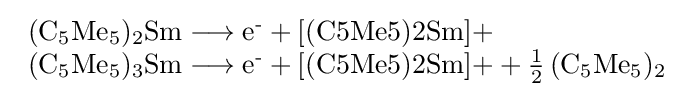
{\begin{array}{l}{(\mathrm {C} {\vphantom {A}}_{\smash[{t}]{5}}\mathrm {Me} {\vphantom {A}}_{\smash[{t}]{5}}){\vphantom {A}}_{\smash[{t}]{2}}\mathrm {Sm} {}\mathrel {\longrightarrow } {}{\mathrm {e^{\text{-}}} }{}+{}{\text{[(C5Me5)2Sm]+}}}\\{(\mathrm {C} {\vphantom {A}}_{\smash[{t}]{5}}\mathrm {Me} {\vphantom {A}}_{\smash[{t}]{5}}){\vphantom {A}}_{\smash[{t}]{3}}\mathrm {Sm} {}\mathrel {\longrightarrow } {}{\mathrm {e^{\text{-}}} }{}+{}{\text{[(C5Me5)2Sm]+}}{}+{}{\mathchoice {\textstyle {\frac {1}{2}}}{\frac {1}{2}}{\frac {1}{2}}{\frac {1}{2}}}\,(\mathrm {C} {\vphantom {A}}_{\smash[{t}]{5}}\mathrm {Me} {\vphantom {A}}_{\smash[{t}]{5}}){\vphantom {A}}_{\smash[{t}]{2}}}\\\end{array}}